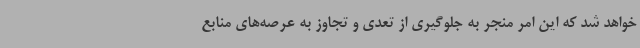
خواهد شد که این امر منجر به جلوگیری از تعدی و تجاوز به عرصه‌های منابع